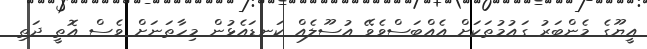
އީޔޫގެ މެންބަރު ގައުމުތަކަށް އެއްބަސްވެވޭ އުސޫލެއް ކަނޑައެޅުން މިހާތަނަށް ވެސް އޮތީ ދަތި